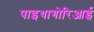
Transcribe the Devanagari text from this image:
पाइथागोरिआई